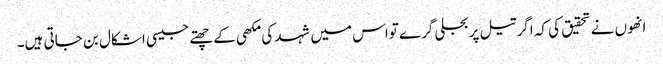
انھوں نے تحقیق کی کہ اگر تیل پربجلی گرے تواس میں شہد کی مکھی کے چھتے جیسی اشکال بن جاتی ہیں۔